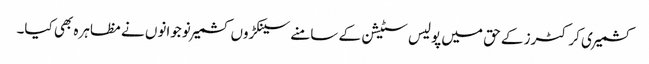
کشمیری کرکٹرز کے حق میں پولیس سٹیشن کے سامنے سینکڑوں کشمیر نوجوانوں نے مظاہرہ بھی کیا۔